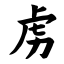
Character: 虏